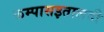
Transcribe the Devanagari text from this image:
कम्पासइतालवी